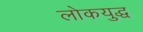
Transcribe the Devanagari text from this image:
लोकयुद्ध